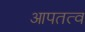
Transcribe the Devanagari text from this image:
आपतत्व